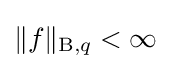
\|f\|_{\mathrm {B} ,q}<\infty